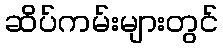
ဆိပ်ကမ်းများတွင်